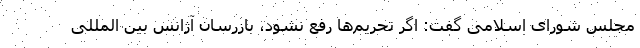
مجلس شورای اسلامی گفت: اگر تحریم‌ها رفع نشود، بازرسان آژانس بین المللی